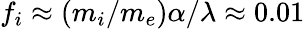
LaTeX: f_{i}\approx(m_{i}/m_{e})\alpha/\lambda\approx 0.01